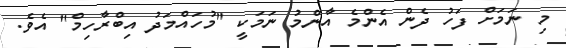
މި ނަމަށް ފަހު ދެން އެންމެ އާންމު ނަމަކީ "މުހައްމަދު އިބްރާހިމް" އެވެ.